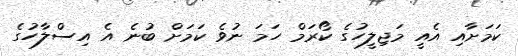
ކަމަށާއި އެއީ މަޖިލީހުގެ ކޯރަމް ހަމަ ނުވެ ކަމަށް ބުނެ އެ އިސްލާހުގެ